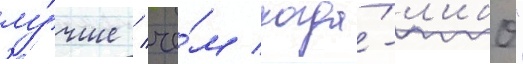
лу́чше / че́м когда́-л'ибо"